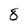
Character: 8